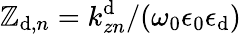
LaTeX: \mathbb{Z}_{\mathrm{{d}},{n}}=k_{zn}^{\mathrm{{d}}}/(\omega_{0}\epsilon_{0}\epsilon_{\mathrm{{d}}})